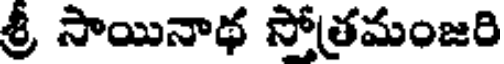
శ్రీ సాయినాథ సోత్రమంజరి